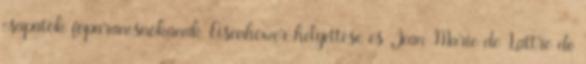
csapatok fõparancsnokának Eisenhower helyettese és Jean-Marie de Lattre de